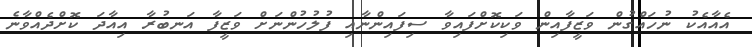
އެއާއެކު ނުހައްގުން ވަޒީފާއިން ވަކިކޮށްފައިވާ ސިފައިންނާއި ފުލުހުންނަށް ވަޒީފާ އަނބުރާ އިއާދަ ކޮށްދެއްވާނެ